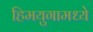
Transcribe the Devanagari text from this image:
हिमयुगामध्ये